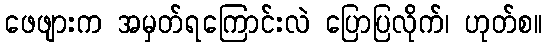
ဖေဖျားက အမှတ်ရကြောင်းလဲ ပြောပြလိုက်၊ ဟုတ်စ။